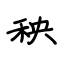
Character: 秧